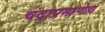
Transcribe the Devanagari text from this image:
चंद्राप्रमाणेच